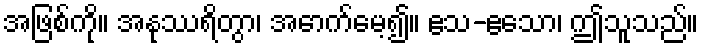
အဖြစ်ကို။ အနုဿရိတွာ၊ အောက်မေ့၍။ ဧသ-ဧသော၊ ဤသူသည်။